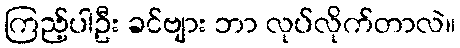
ကြည့်ပါဦး ခင်ဗျား ဘာ လုပ်လိုက်တာလဲ။